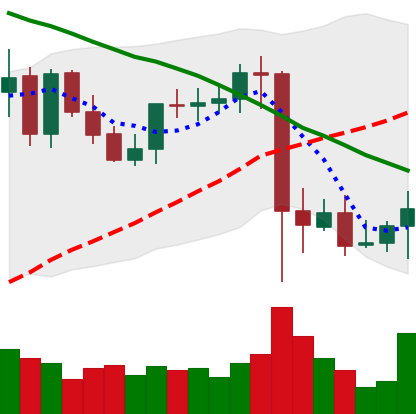
Ticker: XMR-USD
Chart end date: 2021-09-13
Forward return: 3.315%
Label: up_3_5